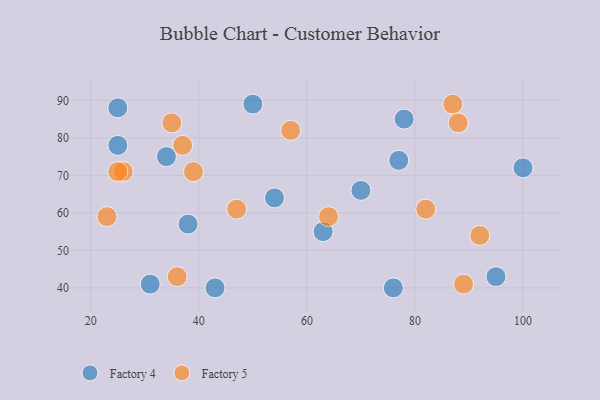
{"axis": {"x": "GDP", "y": "Life Expectancy"}, "legend": ["Factory 4", "Factory 5"], "data": [{"x": "54", "y": 64, "type": "Factory 4"}, {"x": "78", "y": 85, "type": "Factory 4"}, {"x": "100", "y": 72, "type": "Factory 4"}, {"x": "70", "y": 66, "type": "Factory 4"}, {"x": "25", "y": 88, "type": "Factory 4"}, {"x": "50", "y": 89, "type": "Factory 4"}, {"x": "31", "y": 41, "type": "Factory 4"}, {"x": "77", "y": 74, "type": "Factory 4"}, {"x": "63", "y": 55, "type": "Factory 4"}, {"x": "76", "y": 40, "type": "Factory 4"}, {"x": "43", "y": 40, "type": "Factory 4"}, {"x": "38", "y": 57, "type": "Factory 4"}, {"x": "34", "y": 75, "type": "Factory 4"}, {"x": "95", "y": 43, "type": "Factory 4"}, {"x": "25", "y": 78, "type": "Factory 4"}, {"x": "64", "y": 59, "type": "Factory 5"}, {"x": "39", "y": 71, "type": "Factory 5"}, {"x": "36", "y": 43, "type": "Factory 5"}, {"x": "35", "y": 84, "type": "Factory 5"}, {"x": "82", "y": 61, "type": "Factory 5"}, {"x": "26", "y": 71, "type": "Factory 5"}, {"x": "87", "y": 89, "type": "Factory 5"}, {"x": "47", "y": 61, "type": "Factory 5"}, {"x": "88", "y": 84, "type": "Factory 5"}, {"x": "23", "y": 59, "type": "Factory 5"}, {"x": "37", "y": 78, "type": "Factory 5"}, {"x": "89", "y": 41, "type": "Factory 5"}, {"x": "57", "y": 82, "type": "Factory 5"}, {"x": "25", "y": 71, "type": "Factory 5"}, {"x": "92", "y": 54, "type": "Factory 5"}]}